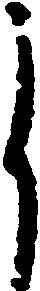
郎